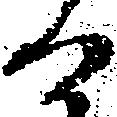
る